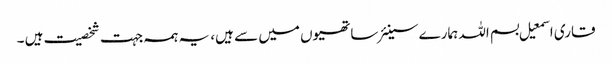
قاری اسمعیل بسم اللہ ہمارے سینئر ساتھیوں میں سے ہیں، یہ ہمہ جہت شخصیت ہیں ۔